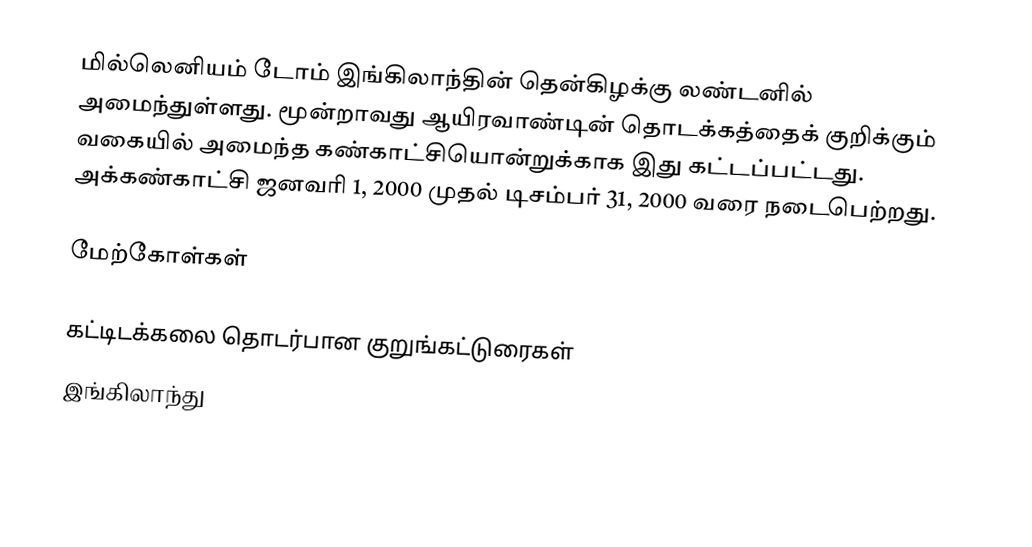
மில்லெனியம் டோம் இங்கிலாந்தின் தென்கிழக்கு லண்டனில் அமைந்துள்ளது. மூன்றாவது ஆயிரவாண்டின் தொடக்கத்தைக் குறிக்கும் வகையில் அமைந்த கண்காட்சியொன்றுக்காக இது கட்டப்பட்டது. அக்கண்காட்சி ஜனவரி 1, 2000 முதல் டிசம்பர் 31, 2000 வரை நடைபெற்றது.

மேற்கோள்கள்

கட்டிடக்கலை தொடர்பான குறுங்கட்டுரைகள்
இங்கிலாந்து